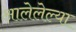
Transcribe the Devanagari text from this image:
आलेलेल्या